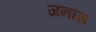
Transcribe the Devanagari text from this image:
जनांस